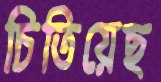
চিতিয়েছ